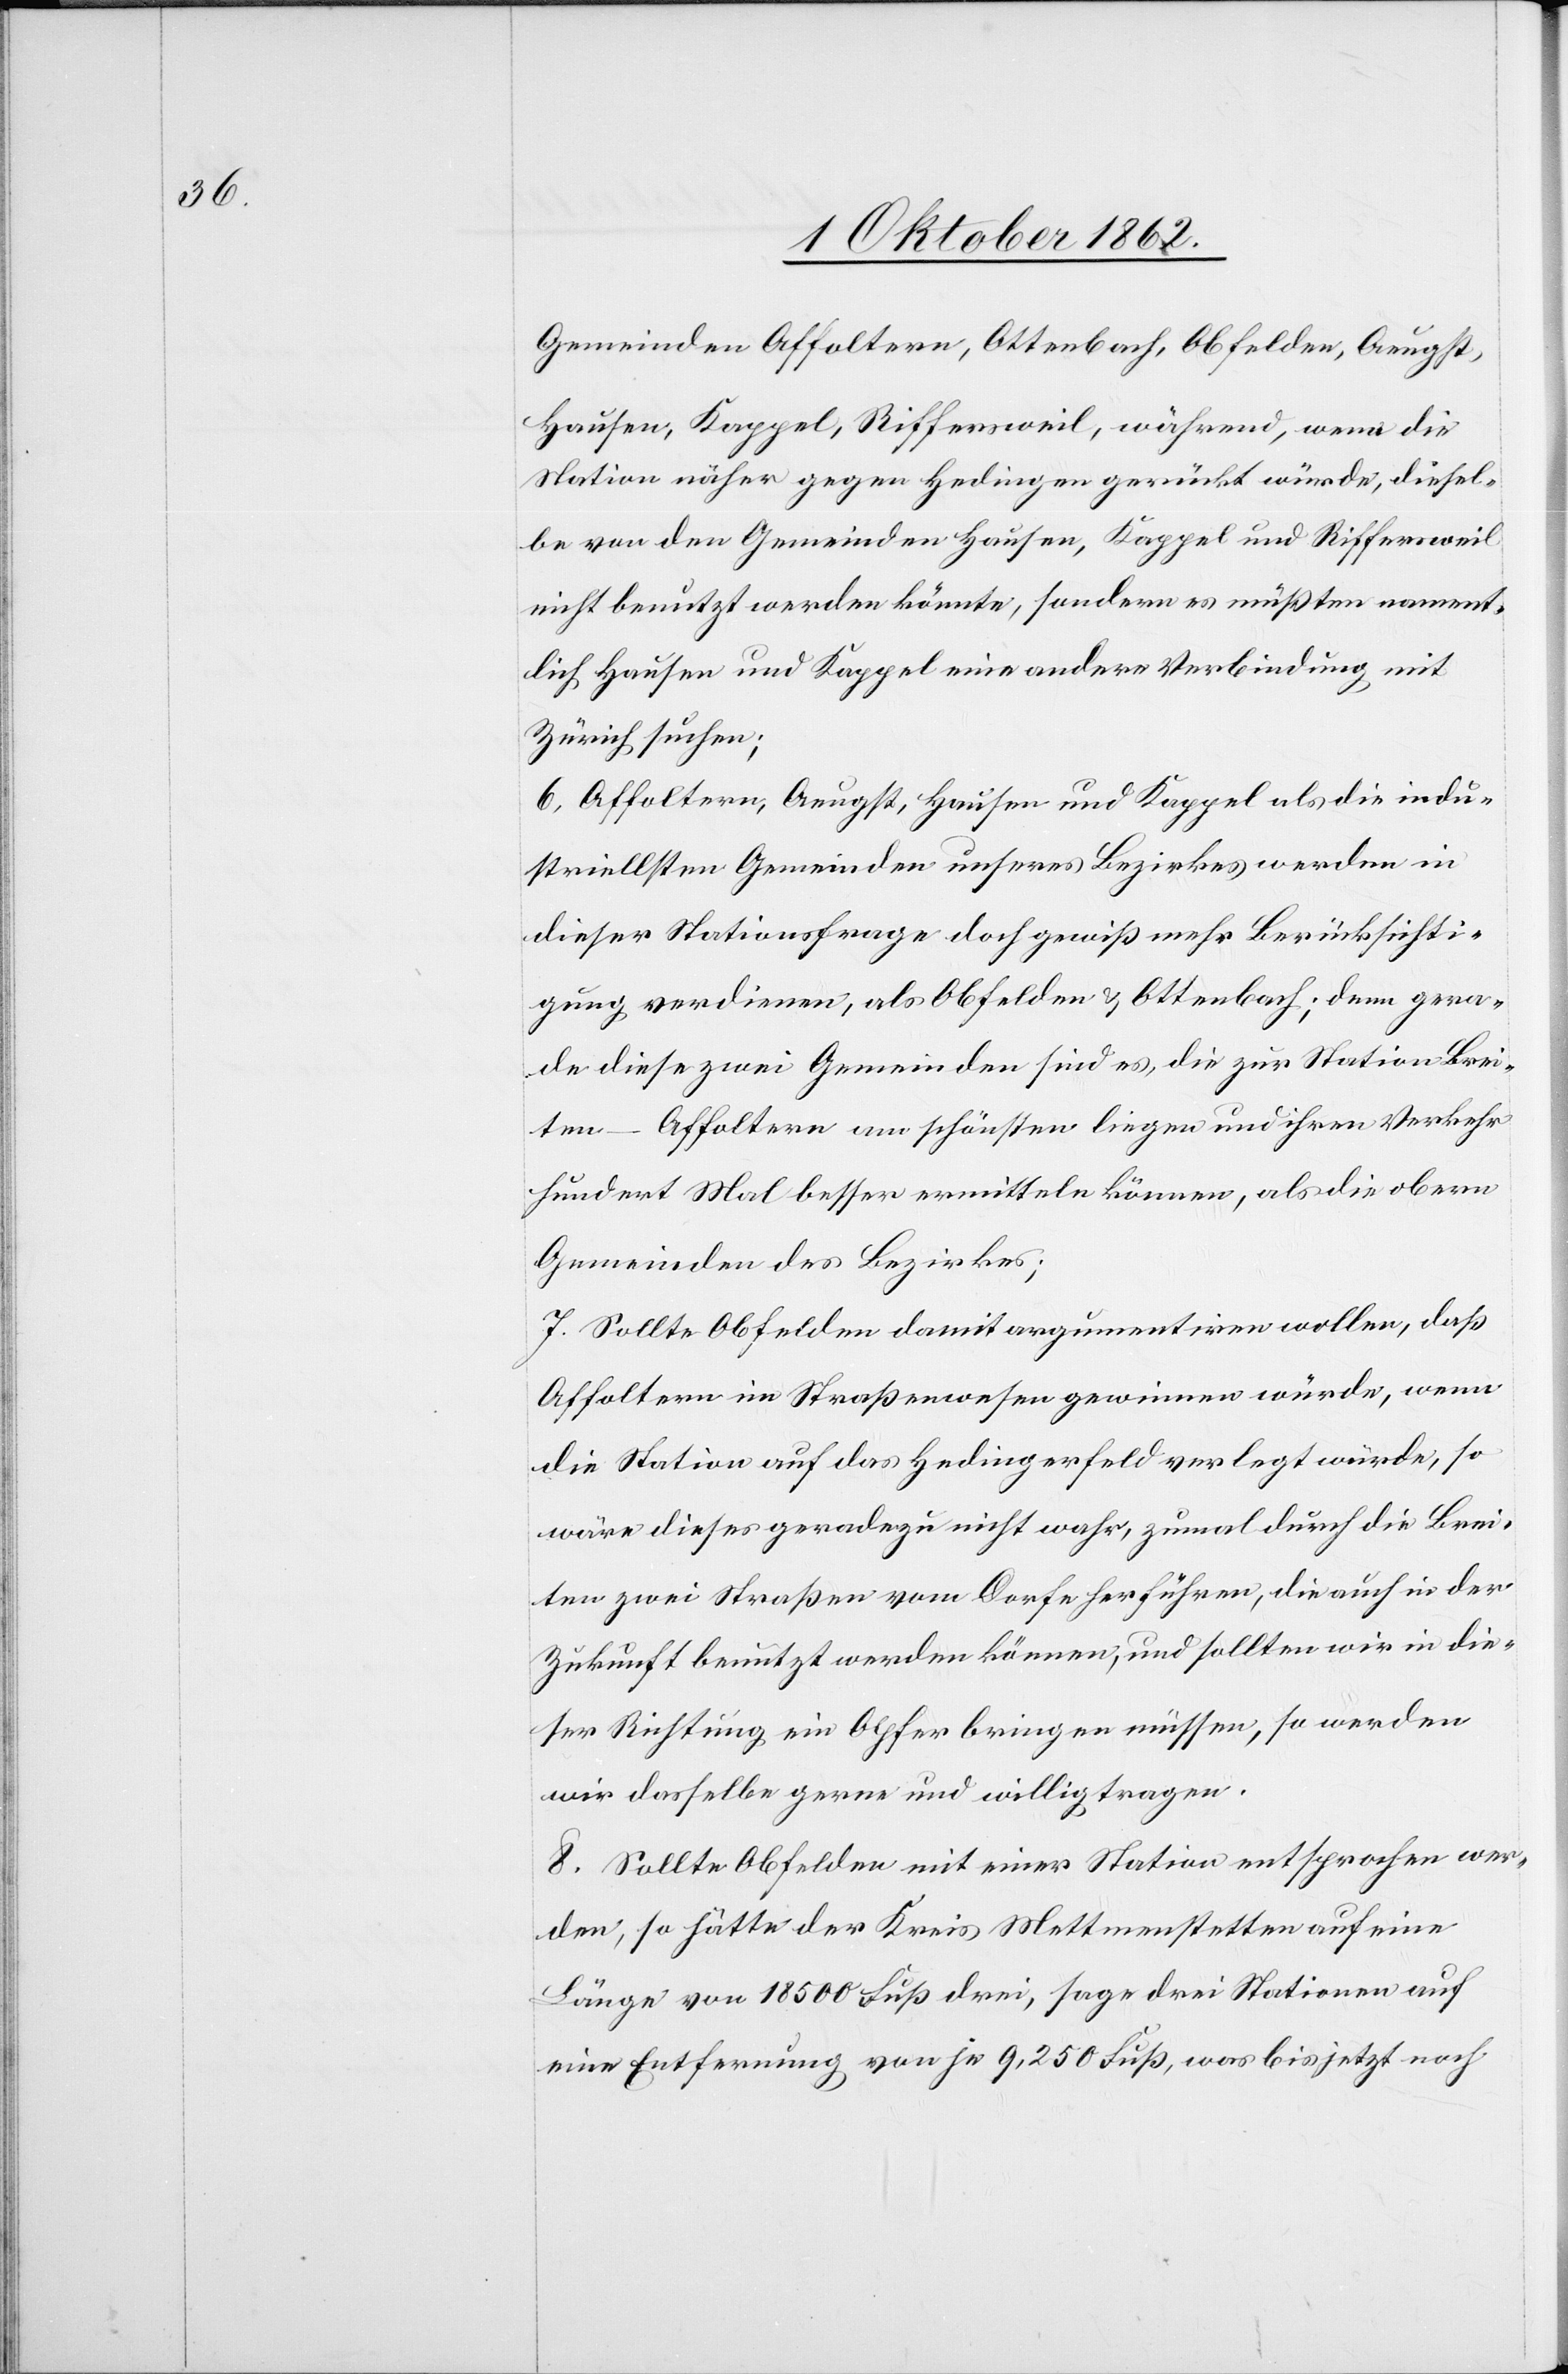
Gemeinen Affoltern, Ottenbach, Obfelden, Aeugst,
Hausen, Kappel, Riffersweil, während, wenn die
Station näher gegen Hedingen gerückt würde, diesel¬
be von den Gemeinden Hausen, Kappel und Riffersweil
nicht benutzt werden könnte, sondern es müßten nament¬
lich Hausen und Kappel eine andere Verbindung mit
Zürich suchen;
6. Affoltern, Aeugst, Hausen und Kappel als die indu¬
striellsten Gemeinden unseres Bezirkes werden in
dieser Stationsfrage doch gewiß mehr Berücksichti¬
gung verdienen, als Obfelden u. Ottenbach; denn gera¬
de diese zwei Gemeinden sind es, die zur Station Brei¬
ten-Affoltern am schönsten liegen und ihren Verkehr
hundert Mal besser ermitteln können, als die obern
Gemeinden des Bezirkes;
7. Sollte Obfelden damit argumentiren wollen, daß
Affoltern im Straßenwesen gewinnen würde, wenn
die Station auf das Hedingerfeld verlegt würde, so
wäre dieses geradezu nicht wahr, zumal durch die Brei¬
ten zwei Straßen vom Dorfe herführen, die auch in der
Zukunft benutzt werden können, und sollten wir in die¬
ser Richtung ein Opfer bringen müssen, so werden
wir dasselbe gerne und willig tragen.
8. Sollte Obfelden mit einer Station entsprochen wer¬
den, so hätte der Kreis Mettmenstetten auf eine
Länge von 18 500 Fuß drei, sage drei Stationen auf
eine Entfernung von je 9250 Fuß, was bisher noch